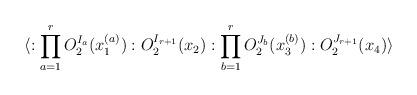
LaTeX: \begin{align*}\langle :\prod_{a=1}^r O_2^{I_a}(x_1^{(a)}): O_2^{I_{r+1}}(x_2):\prod_{b=1}^r O_2^{J_b}(x_3^{(b)}): O_2^{J_{r+1}}(x_4) \rangle\end{align*}